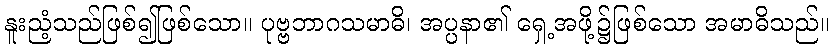
နူးညံ့သည်ဖြစ်၍ဖြစ်သော။ ပုဗ္ဗဘာဂသမာဓိ၊ အပ္ပနာ၏ ရှေ့အဖို့၌ဖြစ်သော အမာဓိသည်။